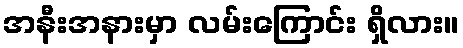
အနီးအနားမှာ လမ်းကြောင်း ရှိလား။